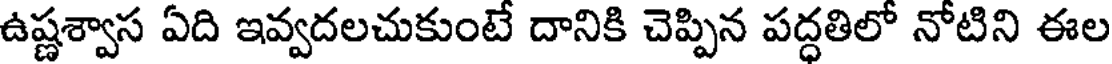
ఉష్ణశ్వాస ఏది ఇవ్వదలచుకుంటే దానికి చెప్పిన పద్ధతిలో నోటిని ఈల